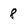
Character: 8